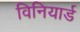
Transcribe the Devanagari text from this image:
विनियार्ड